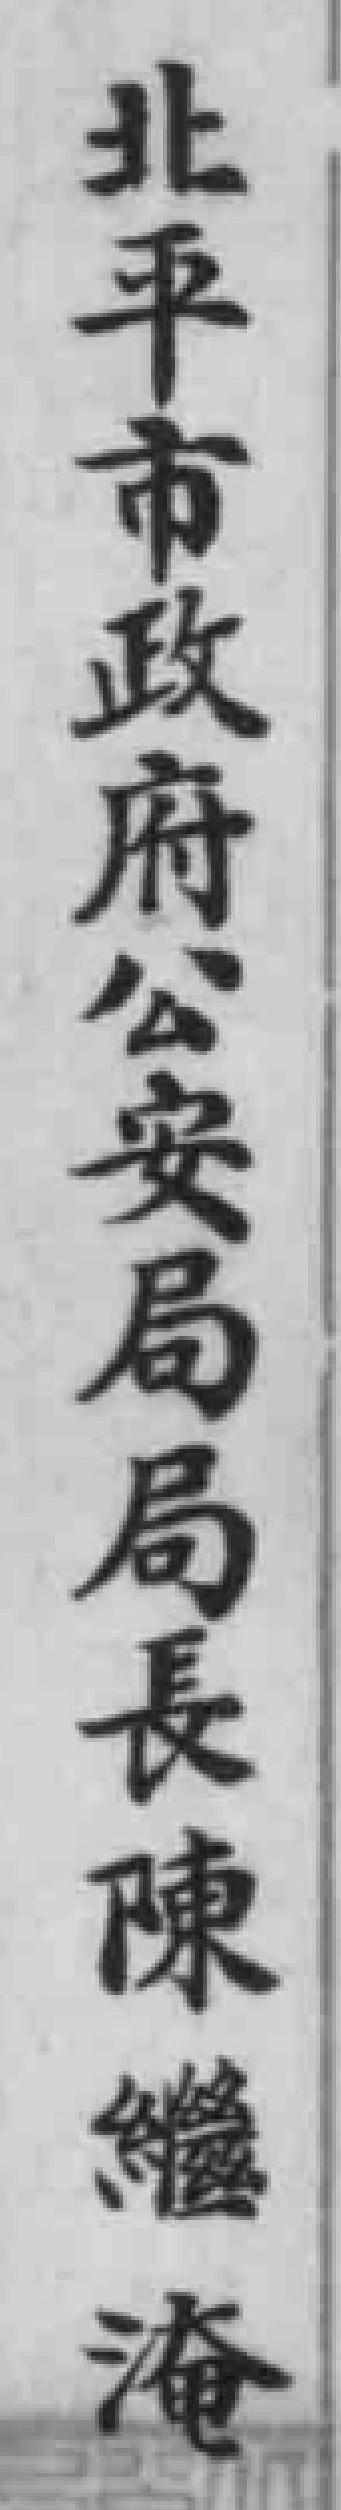
北平市政府公安局局長陳繼淹